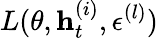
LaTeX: L(\theta,\mathbf{h}_{t}^{(i)},\epsilon^{(l)})